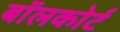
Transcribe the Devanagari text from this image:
बॉलकोर्ट